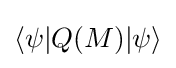
\langle \psi |Q(M)|\psi \rangle